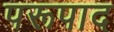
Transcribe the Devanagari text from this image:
परूपाद